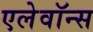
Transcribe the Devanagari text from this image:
एलेवॉन्स